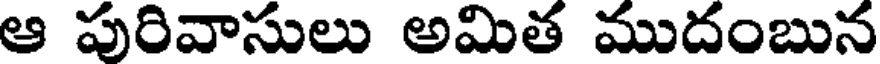
ఆ పురివాసులు అమిత ముదంబున